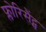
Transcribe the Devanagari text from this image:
फ्लोरिसैंट्स